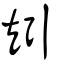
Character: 矧